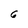
Character: 6